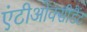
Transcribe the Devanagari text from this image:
एंटीओक्सीडैंट